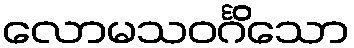
လောမသဝင်္ဂိသော